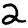
Digit: 2